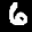
Label: 6